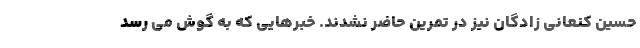
حسین کنعانی زادگان نیز در تمرین حاضر نشدند. خبرهایی که به گوش می رسد